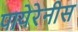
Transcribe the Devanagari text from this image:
पायेरेनीस